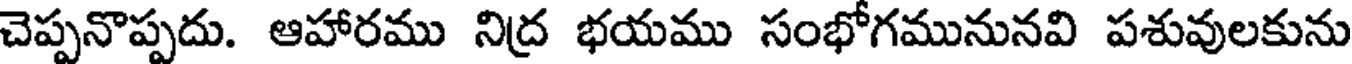
చెప్పనొప్పదు. ఆహారము నిద్ర భయము సంభోగమునునవి పశువులకును